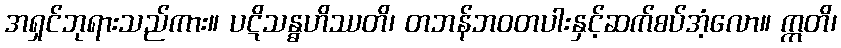
အရှင်ဘုရားသည်ကား။ ပဋိသန္ဓဟိဿတိ၊ တဘန်ဘဝတပါးနှင့်ဆက်စပ်အံ့လော။ ဣတိ၊